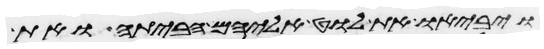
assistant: ויביאו את לוט אליהם הביתה ואת